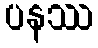
ပနဿ